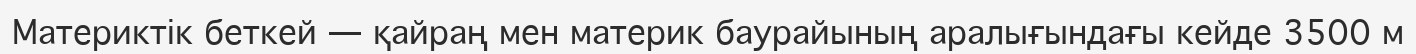
Материктік беткей — қайраң мен материк баурайының аралығындағы кейде 3500 м